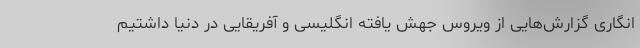
انگاری گزارش‌هایی از ویروس جهش یافته انگلیسی و آفریقایی در دنیا داشتیم